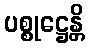
ပစ္စုဋ္ဌေန္တိ